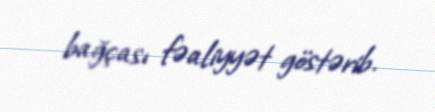
bağçası fəaliyyət göstərib.